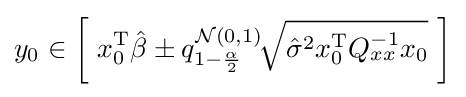
y_{0}\in \left[\ x_{0}^{\mathrm {T} }{\hat {\beta }}\pm q_{1-{\frac {\alpha }{2}}}^{{\mathcal {N}}(0,1)}\!{\sqrt {{\hat {\sigma }}^{2}x_{0}^{\mathrm {T} }Q_{xx}^{-1}x_{0}}}\ \right]